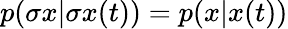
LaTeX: \begin{array}{r}{p(\sigma x|\sigma x(t))=p(x|x(t))}\end{array}